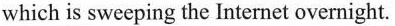
which is sweeping the Internet overnight.